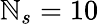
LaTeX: \mathbb{N}_{s}=10